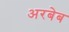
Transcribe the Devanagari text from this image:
अरबेब